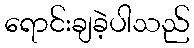
ရောင်းချခဲ့ပါသည်